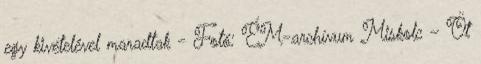
egy kivételével maradtak - Fotó: ÉM-archívum Miskolc – Öt